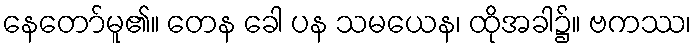
နေတော်မူ၏။ တေန ခေါ ပန သမယေန၊ ထိုအခါ၌။ ဗကဿ၊